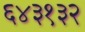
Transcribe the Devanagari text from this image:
६४३१३२